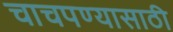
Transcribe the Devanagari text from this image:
चाचपण्यासाठी